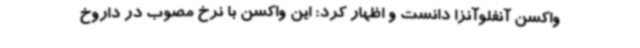
واکسن آنفلوآنزا دانست و اظهار کرد: این واکسن با نرخ مصوب در داروخ